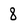
Character: 8